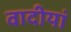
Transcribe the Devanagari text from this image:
वादीयां